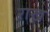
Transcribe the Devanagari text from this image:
ऱाख